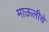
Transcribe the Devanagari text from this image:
माऊलीचे